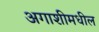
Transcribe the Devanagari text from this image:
अगाशीमधील